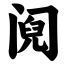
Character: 阋